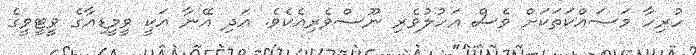
ހުރިހާ މަަސައްކަތަކަށް ވެސް އަހުލުވެރި ނޫސްވެރިއެކެވެ. އަދި އޭނާ އަކީ ވީމީޑިއާގެ ވީޓީވީގެ